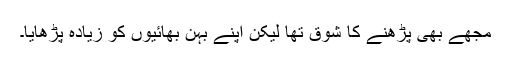
مجھے بھی پڑھنے کا شوق تھا لیکن اپنے بہن بھائیوں کو زیادہ پڑھایا۔